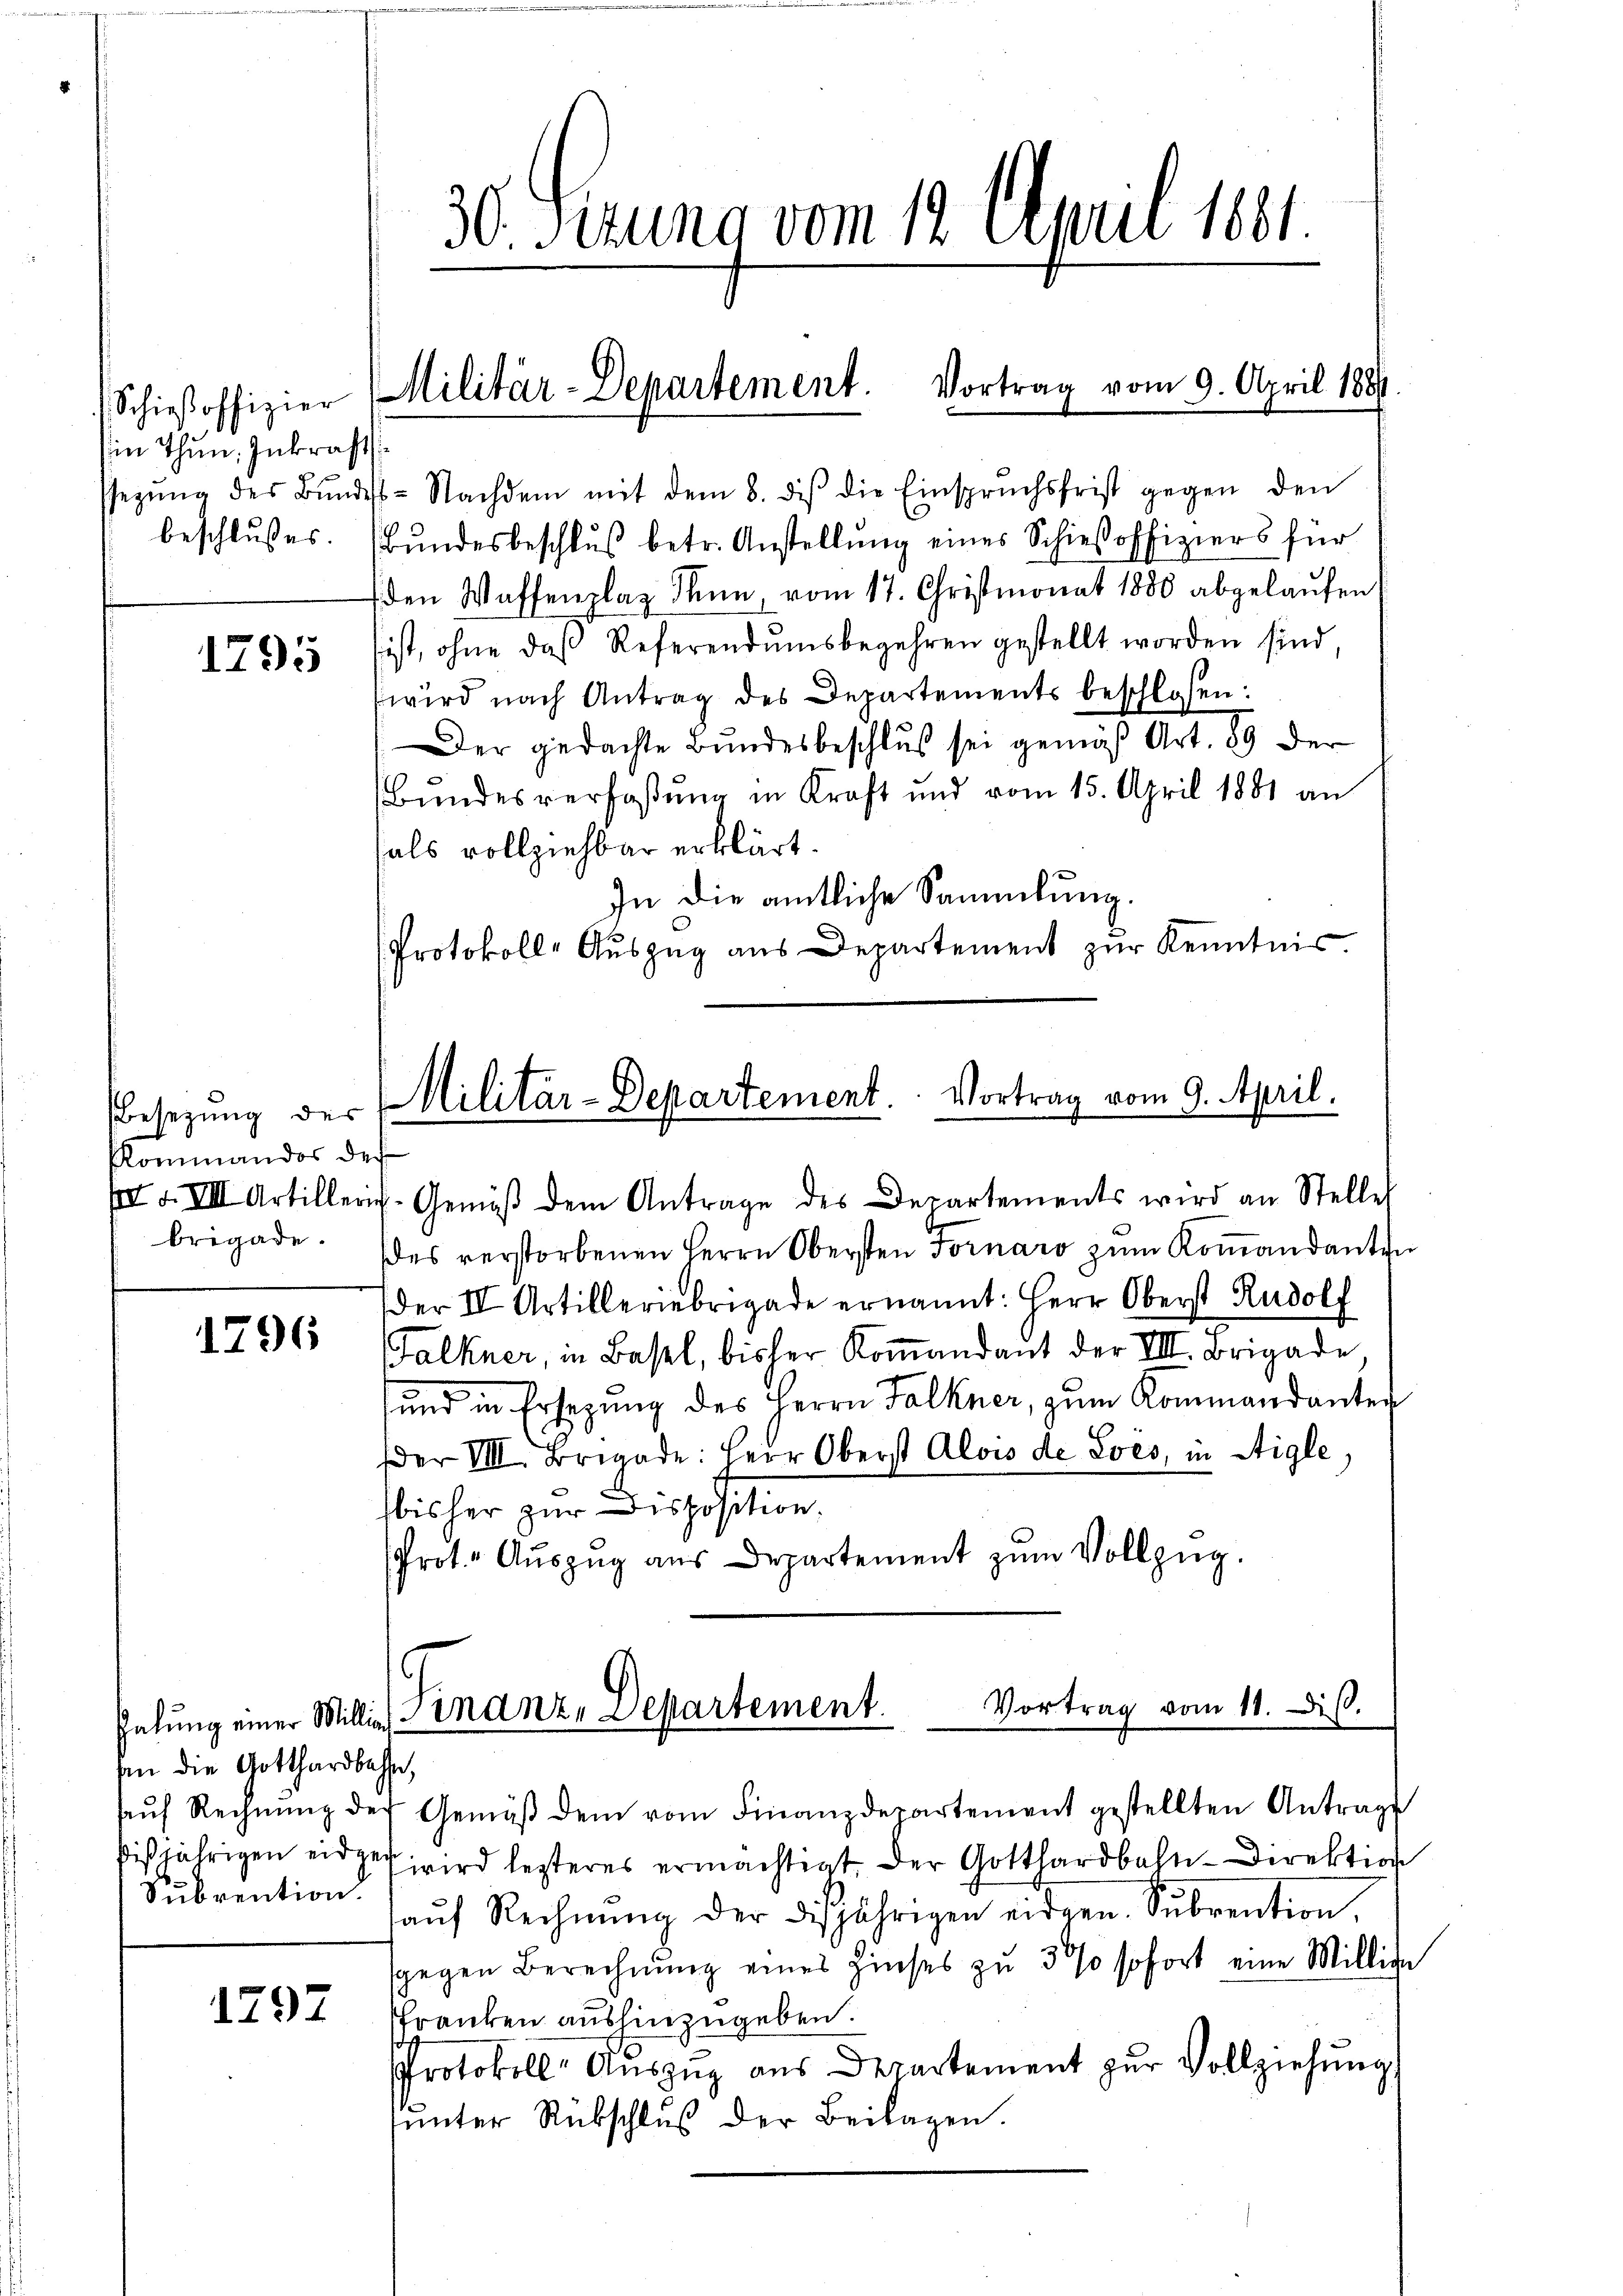
Schieβoffizier
in Thun, Inkraft.
beschlußes.

1295

Besetzung des
slommandos des

1796

egŭng des Bŭndest-Nachdem mit dem 8. des die Einsprŭchsfrist gegen den
Bundesbeschluß betr. Anstellung eines Schieβoffiziers für
den Waffenplaz dann, vom 17. Christmonat 1880 abgelaŭfen,
sist, ohne das Referendumsbegehren gestellt worden sind,
wird nach Antrag des Departements beschlossen:
Der gedachte Bundesbeschluß sei gemäß Art. 39 der
Bundesverfaßung in Kraft und vom 15. April 1881 an
als vollziehbar erklärt.
In die amtliche Sammlung.
Protokolle Auszug aus Departement zur Kenntnis

III. d. VIII Artillerie-Gemäβ dem Antrage des Departements wird an Stelle
brigade. (des verstorbenen Herrn Obersten Fornaro zum Koṁandanten
der II Artilleriebrigade ernannt: Herr Oberst Rudolf
Falkner, in Basel, bisher Koṁandant der VII. Brigade
sund in Ersagŭng des Herrn Falkner, zŭm Kommandanter
der VIII. Brigade: Herr Oberst Alois de Sves, in Aigle,
bisher zur Disposition.
Prot. Aŭszŭg aŭs Departement zŭm Vollzug.

hin die Gotthardbahne,
Subvention.

1297

30. Serung vom 12. April 1881.

Militär-Departement. Vortrag vom 9. April 1884

Militär-Departement. Vortrag vom 9. April.

Vortrag vom 11. Dis.
selung einer Willig Finanz, Departement.
aŭf Rechnŭng des Gemäβ dem vom Finanzdepartement gestellten Antrage

ißjährigen eidget wird lezteres ermächtigt, der Gotthardbahn-Direktion
haŭf Rechnŭng der disjährigen eidgen. Subrention,
gegen Berechnŭng eines Zinses zu 300 sofort eine Millige
Pfranken aushinzugeben.
Protokoll-Aŭszŭg aus Departement zur Vollziehung
ŭnter Rükschlŭs der Beilagen.